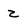
Character: z